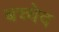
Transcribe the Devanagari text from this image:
बच्चेद